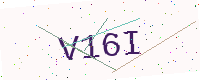
Text: V16I